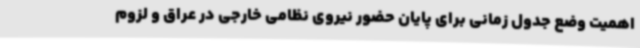
اهمیت وضع جدول زمانی برای پایان حضور نیروی نظامی خارجی در عراق و لزوم